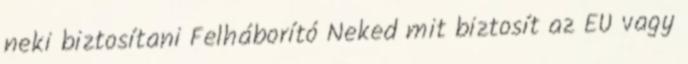
neki biztosítani Felháborító Neked mit biztosít az EU vagy